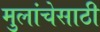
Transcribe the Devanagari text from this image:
मुलांचेसाठी